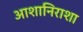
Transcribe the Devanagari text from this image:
आशानिराशा